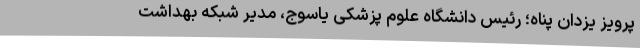
پرویز یزدان پناه؛ رئیس دانشگاه علوم پزشکی یاسوج، مدیر شبکه بهداشت